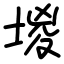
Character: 堫